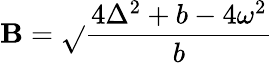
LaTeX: \mathbf{B}=\sqrt{}{{\frac{{4\Delta^{2}+b-4\omega^{2}}}{{b}}}}